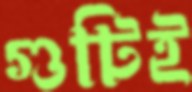
গুটিই